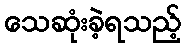
သေဆုံးခဲ့ရသည့်